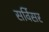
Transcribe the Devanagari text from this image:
सर्विसर